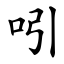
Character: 吲